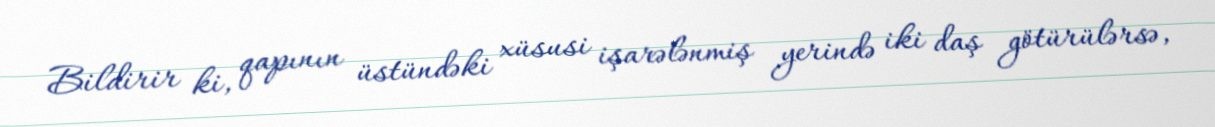
Bildirir ki, qapının üstündəki xüsusi işarələnmiş yerində iki daş götürülərsə,